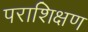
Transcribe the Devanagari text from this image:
पराशिक्षण